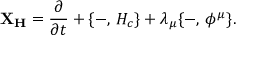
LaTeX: { \bf X _ { H } } = { \frac { \partial } { \partial t } } + \{ - , \, H _ { c } \} + \lambda _ { \mu } \{ - , \, \phi ^ { \mu } \} .